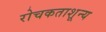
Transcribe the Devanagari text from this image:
रोचकताशून्य